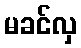
မခင်လှ